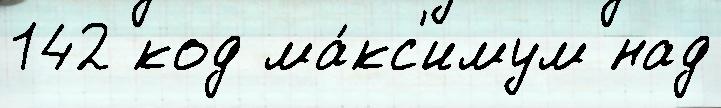
142 код ма́кс'имум над